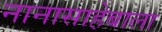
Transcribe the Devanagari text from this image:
नानासाहेबाला